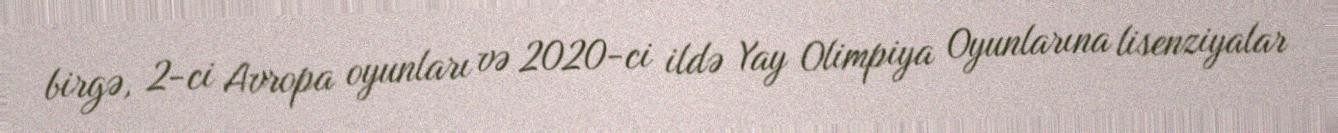
birgə, 2-ci Avropa oyunları və 2020-ci ildə Yay Olimpiya Oyunlarına lisenziyalar